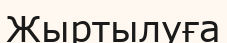
Жыртылуға